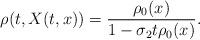
LaTeX: \begin{align*}\rho(t, X(t, x))&= \frac{\rho_0(x)}{1 - \sigma_2 t \rho_0(x)}.\end{align*}